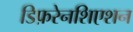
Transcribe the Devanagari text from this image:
डिफ़रेनशिएशन